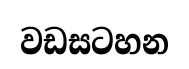
වඩසටහන